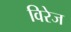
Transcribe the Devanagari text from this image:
विरेज